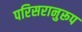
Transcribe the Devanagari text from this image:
परिसरानुरूप